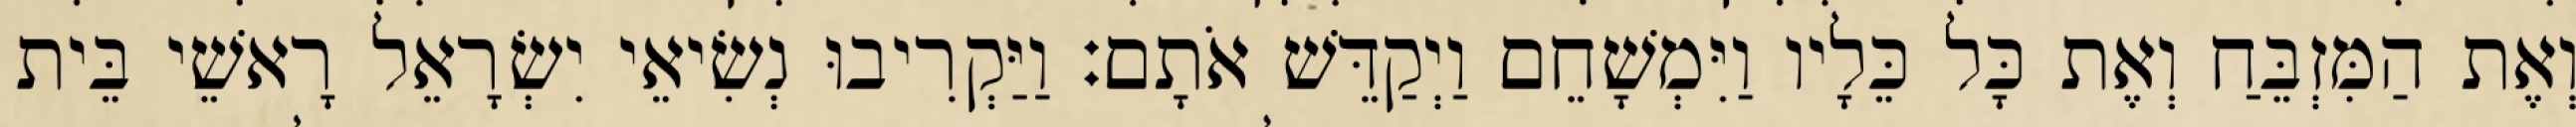
וְאֶת הַמִּזְבֵּחַ וְאֶת כָּל כֵּלָיו וַיִּמְשָׁחֵם וַיְקַדֵּשׁ אֹתָם׃ וַיַּקְרִיבוּ נְשִׂיאֵי יִשְׂרָאֵל רָאשֵׁי בֵּית